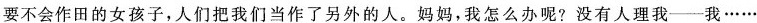
要不会作田的女孩子，人们把我们当作了另外的人。妈妈，我怎么办呢?没有人理我___我……